Leaving Certificate Examination, 1902
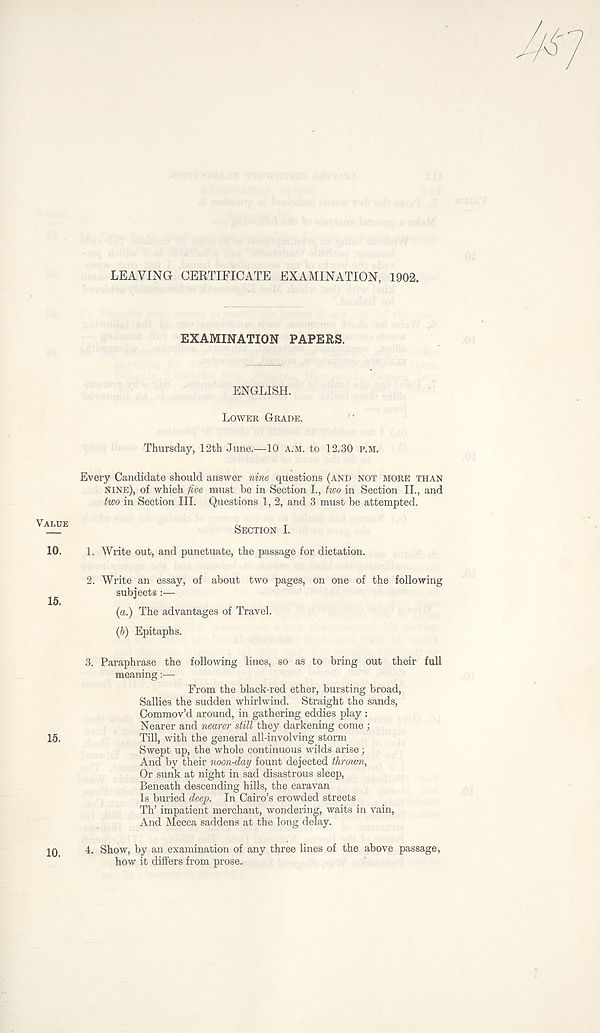
LEAVING CERTIFICATE EXAMINATION, 1902.
EXAMINATION PAPERS.
ENGLISH.
LOWER GRADE.
Thursday, 12th June.—10 A.M. to 12.30 P.M.
Every Candidate should answer nine questions (AND NOT MORE THAN
NINE), of which five must be in Section L, two in Section II., and
two in Section III. Questions 1, 2, and 3 must be attempted.
VALUE
SECTION I.
10.
1. Write out, and punctuate, the passage for dictation.
2.
Write an essay, of about two pages, on one of the foll
subjects :—
15.
(a.) The advantages of Travel.
(6) Epitaphs.
3. Paraphrase the following lines, so as to bring out their full
meaning:—
From the black-red ether, bursting broad,
Sallies the sudden whirlwind. Straight the sands,
Commov’d around, in gathering eddies play :
Nearer and nearer still they darkening come ;
15.
Till, with the general all-involving storm
Swept up, the whole continuous wilds arise;
And by their noon-day fount dejected thrown,
Or sunk at night in sad disastrous sleep,
Beneath descending hills, the caravan
Is buried deep. In Cairo’s crowded streets
Th’ impatient merchant, wondering, waits in vain,
And Mecca saddens at the long delay.
4. Show, by an examination of any three lines of the above passage,
how it differs from prose.
10.